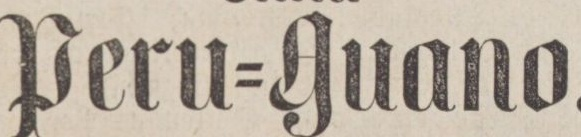
Peru=Guano.